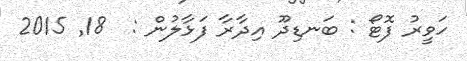
ހަވީރު ފޮޓޯ : ބަނޑިދޫ އިދާރާ ފަޅާލުން :  18